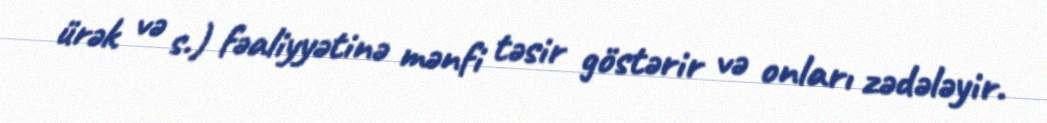
ürək və s.) fəaliyyətinə mənfi təsir göstərir və onları zədələyir.